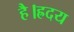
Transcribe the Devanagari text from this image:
है।ह्रदय